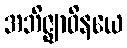
အဘိဇ္ဈာဝိနယေ